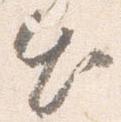
出